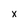
Character: x